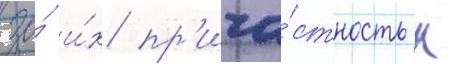
за́ и́х пр'ича́стность к